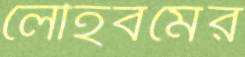
লৌহবর্মের